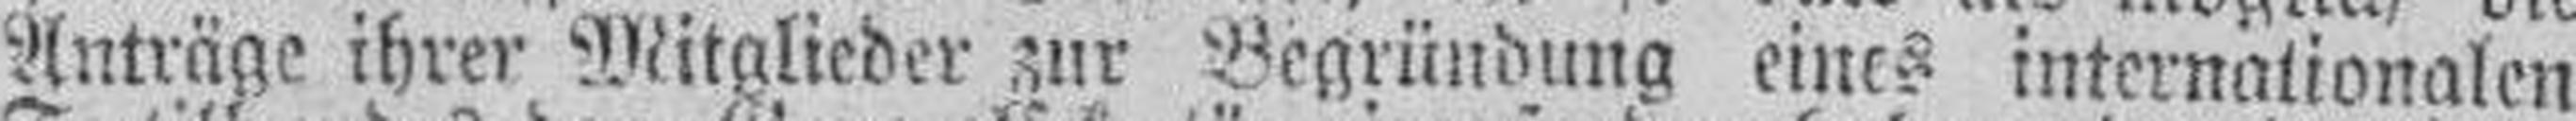
Anträge ihrer Mitglieder zur Begründung eines internationalen